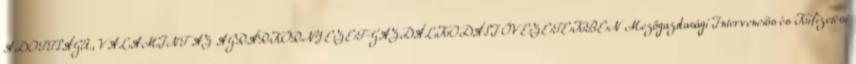
ADOTTSÁGÚ, VALAMINT AZ AGRÁRKÖRNYEZET-GAZDÁLKODÁSI ÖVEZETEKBEN Mezőgazdasági Intervenciós és Kifizetési